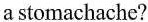
a stomachache?